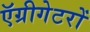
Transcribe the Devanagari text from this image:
ऍग्रीगेटरों